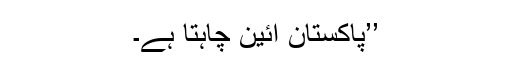
’’پاکستان آئین چاہتا ہے۔